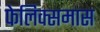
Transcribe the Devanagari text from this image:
फेलिक्समास